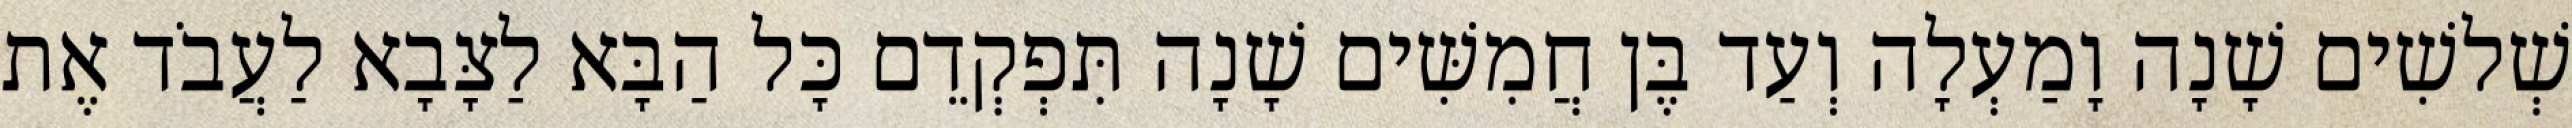
שְׁלשִׁים שָׁנָה וָמַעְלָה וְעַד בֶּן חֲמִשִּׁים שָׁנָה תִּפְקְדֵם כָּל הַבָּא לַצָּבָא לַעֲבֹד אֶת